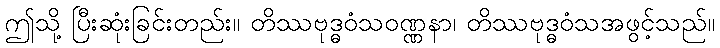
ဤသို့ ပြီးဆုံးခြင်းတည်း။ တိဿဗုဒ္ဓဝံသဝဏ္ဏနာ၊ တိဿဗုဒ္ဓဝံသအဖွင့်သည်။